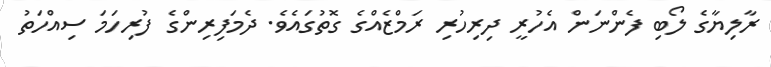
ރާލިޔާގެ ލޯބި ފެންނަން އެހުރީ ދިރިހުރި ރަމްޒެއްގެ ގޮތުގައެވެ. ދެމަފިރިންގެ ފުރިހަމަ ސިއްހަތު